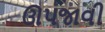
ઊપજાવી